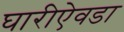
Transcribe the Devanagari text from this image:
घारीऐवडा